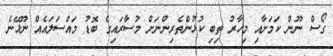
ގޯސް ނޫން ކަމަށާއި މިހާރު ތިބި ކުޅުންތެރިންނަށް މުސާރައިގެ ބޮޑު މައްސަލައެއް ނޫޅޭނެ